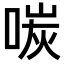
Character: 𪡩